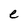
Character: e